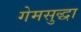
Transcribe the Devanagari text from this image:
गेमसुद्धा